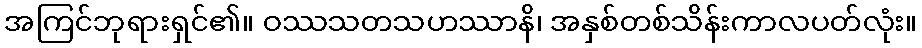
အကြင်ဘုရားရှင်၏။ ဝဿသတသဟဿာနိ၊ အနှစ်တစ်သိန်းကာလပတ်လုံး။